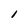
Character: l